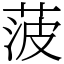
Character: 菠